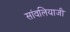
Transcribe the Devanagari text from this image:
सांवलियाजी